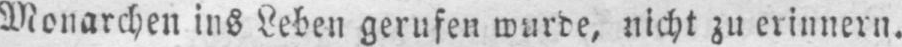
Monarchen ins Leben gerufen wurde, nicht zu erinnern.